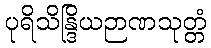
ပုရိသိန္ဒြိယဉာဏသုတ္တံ